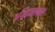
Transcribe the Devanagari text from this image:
अजिंठ्यालगतच